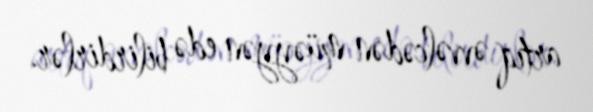
artıq əvvəlcədən müəyyən edə bilirdirlər.